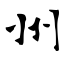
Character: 州